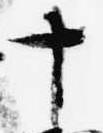
十